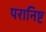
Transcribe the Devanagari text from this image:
परानिष्ट